Plague in India, 1896, 1897 - Volume 3
Year: 1896
Disease focus: Plague
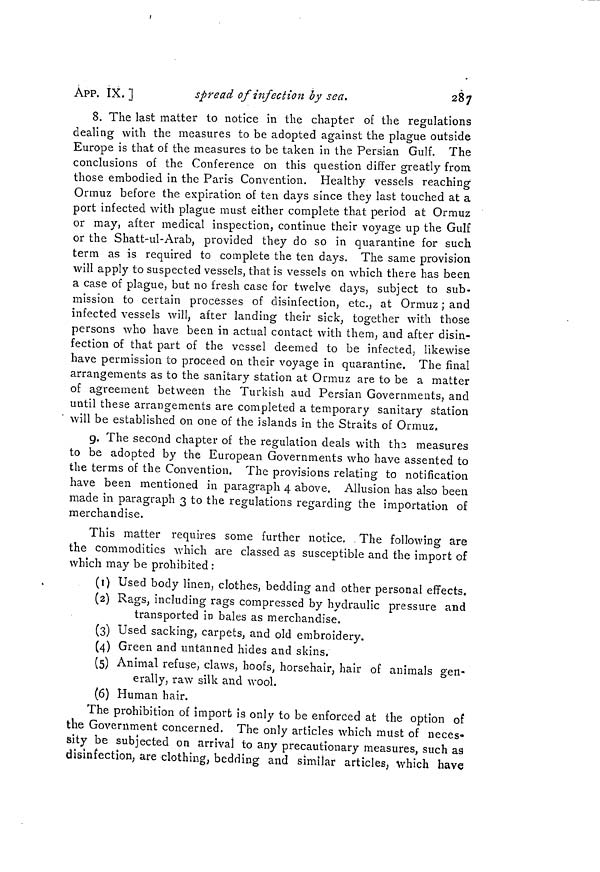
ÁPP. IX, ]
spread of infection by sea.
287
8. The last matter to notice in the chapter of the regulations
dealing with the measures to be adopted against the plague outside
Europe is that of the measures to be taken in the Persian Gulf. The
conclusions of the Conference on this question differ greatly from
those embodied in the Paris Convention. Healthy vessels reaching
Ormuz before the expiration of ten days since they last touched at a
port infected with plague must either complete that period at Ormuz
or may, after medical inspection, continue their voyage up the Gulf
or the Shatt-ul-Arab, provided they do so in quarantine for such
term as is required to complete the ten days. The same provision
will apply to suspected vessels, that is vessels on which there has been
a case of plague, but no fresh case for twelve days, subject to sub-
mission to certain processes of disinfection, etc., at Ormuz ; and
infected vessels will, after landing their sick, together with those
persons who have been in actual contact with them, and after disin-
fection of that part of the vessel deemed to be infected, likewise
have permission to proceed on their voyage in quarantine. The final
arrangements as to the sanitary station at Ormuz are to be a matter
of agreement between the Turkish aud Persian Governments, and
until these arrangements are completed a temporary sanitary station
will be established on one of the islands in the Straits of Ormuz.
9. The second chapter of the regulation deals with the measures
to be adopted by the European Governments who have assented to
the terms of the Convention. The provisions relating to notification
have been mentioned in paragraph 4 above. Allusion has also been
made in paragraph 3 to the regulations regarding the importation of
merchandise.
This matter requires some further notice. The following are
the commodities which are classed as susceptible and the import of
which may be prohibited :
(1) Used body linen, clothes, bedding and other personal effects.
(2) Rags, including rags compressed by hydraulic pressure and
transported in bales as merchandise.
(3) Used sacking, carpets, and old embroidery.
(4) Green and untanned hides and skins.
(5) Animal refuse, claws, hoofs, horsehair, hair of animals gen-
erally, raw silk and wool.
(6) Human hair.
The prohibition of import is only to be enforced at the option of
the Government concerned. The only articles which must of neces-
sity be subjected on arrival to any precautionary measures, such as
disinfection, are clothing, bedding and similar articles, which have